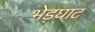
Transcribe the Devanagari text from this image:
भेड़घाट